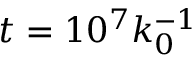
t = 1 0 ^ { 7 } k _ { 0 } ^ { - 1 }